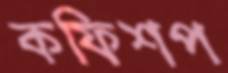
কফিশপ